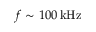
f \sim 1 0 0 \ensuremath { \, \mathrm { k H z } }